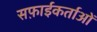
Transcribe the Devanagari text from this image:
सफ़ाईकर्ताओं